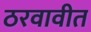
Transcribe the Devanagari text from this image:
ठरवावीत